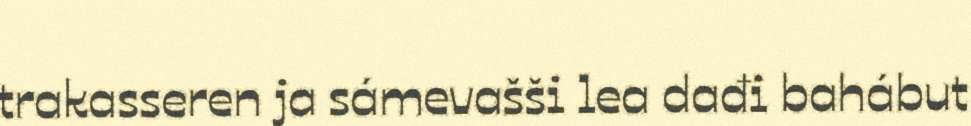
trakasseren ja sámevašši lea dađi bahábut